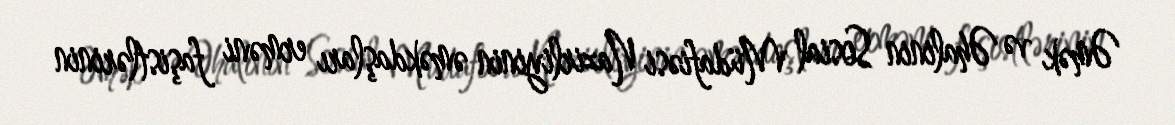
Əmək və Əhalinin Sosial Müdafiəsi Nazirliyinin əməkdaşları erməni faşistlərinin